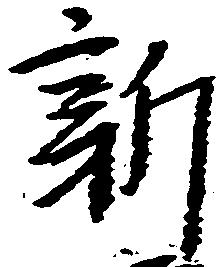
新